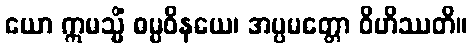
ယော ဣမသ္မိံ ဓမ္မဝိနယေ၊ အပ္ပမတ္တော ဝိဟိဿတိ။